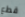
قطع